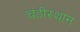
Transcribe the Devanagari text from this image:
चंडीस्‍थान